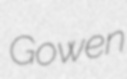
Gowen